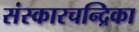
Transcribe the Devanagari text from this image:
संस्कारचन्द्रिका